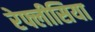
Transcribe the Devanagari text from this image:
रेफ्लीसिया